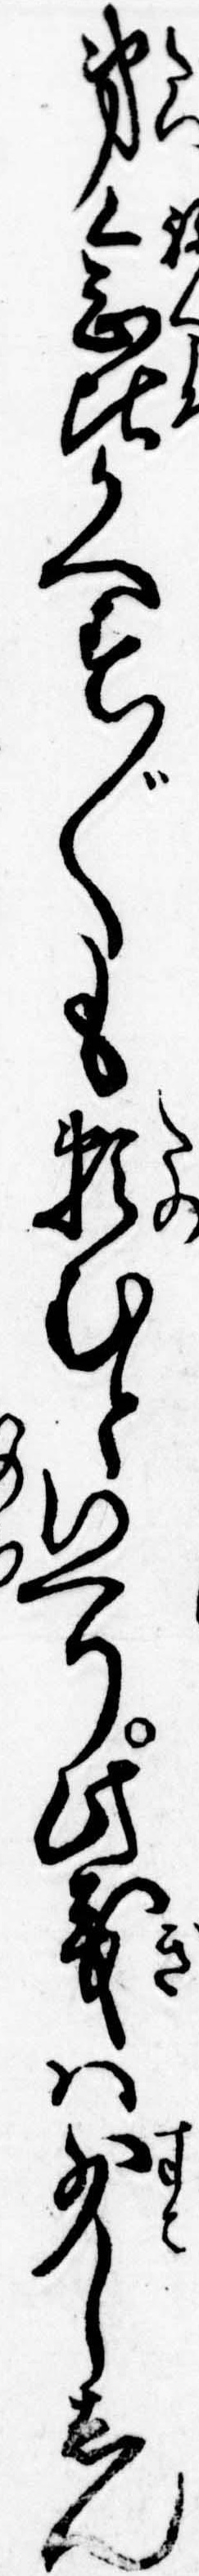
第念比かへす〲も頼むといへり此義は少ししん